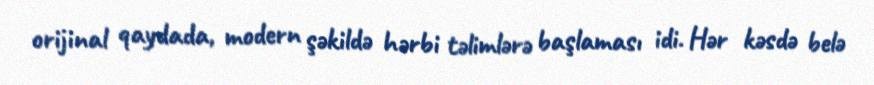
orijinal qaydada, modern şəkildə hərbi təlimlərə başlaması idi. Hər kəsdə belə